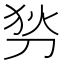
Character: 𠜓